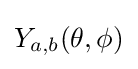
Y_{a,b}(\theta ,\phi )